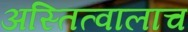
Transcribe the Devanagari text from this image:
अस्तित्वालाच